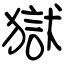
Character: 獄